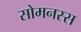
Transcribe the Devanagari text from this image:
सोमनस्स